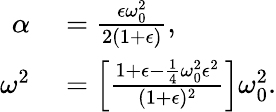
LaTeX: \begin{array}{rl}{\alpha}&{{}=\frac{\epsilon\omega_{0}^{2}}{2(1+\epsilon)},}\\ {\omega^{2}}&{{}=\left[\frac{1+\epsilon-\frac{1}{4}\omega_{0}^{2}\epsilon^{2}}{(1+\epsilon)^{2}}\right]\omega_{0}^{2}.}\end{array}